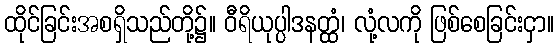
ထိုင်ခြင်းအစရှိသည်တို့၌။ ဝီရိယုပ္ပါဒနတ္ထံ၊ လုံ့လကို ဖြစ်စေခြင်းငှာ။